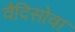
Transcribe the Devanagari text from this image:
वैदिसोवा